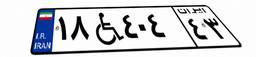
۱۸W۴۰۴۴۳